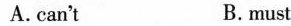
A.can't B.must